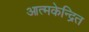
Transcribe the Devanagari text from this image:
आत्मकेन्द्रित